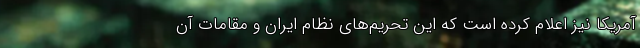
آمریکا نیز اعلام کرده است که این تحریم‌های نظام ایران و مقامات آن